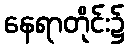
နေရာတိုင်း၌